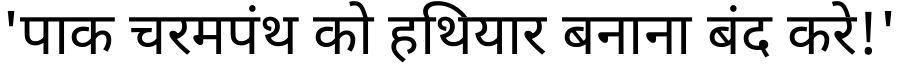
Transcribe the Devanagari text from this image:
'पाक चरमपंथ को हथियार बनाना बंद करे!'